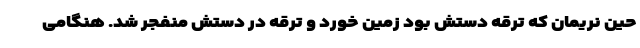
حین نریمان که ترقه دستش بود زمین خورد و ترقه در دستش منفجر شد. هنگامی